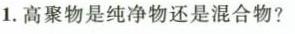
1. 高聚物是纯净物还是混合物?